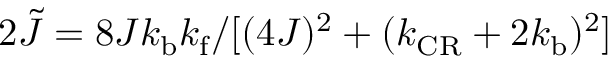
2 \tilde { J } = 8 J k _ { \mathrm { b } } k _ { \mathrm { f } } / [ ( 4 J ) ^ { 2 } + ( k _ { \mathrm { C R } } + 2 k _ { \mathrm { b } } ) ^ { 2 } ]